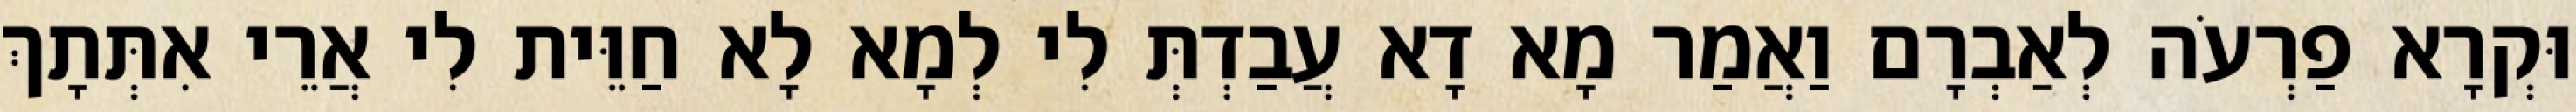
וּקְרָא פַרְעֹה לְאַבְרָם וַאֲמַר מָא דָא עֲבַדְתְּ לִי לְמָא לָא חַוֵּית לִי אֲרֵי אִתְּתָךְ